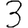
Digit: 3